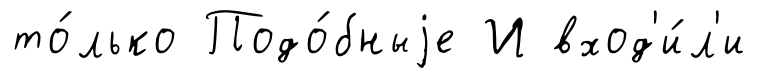
то́лько Подо́бныjе И вход'и́л'и